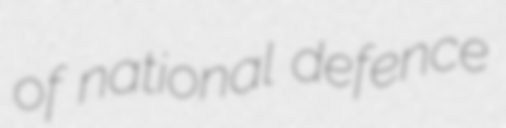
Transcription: of national defence